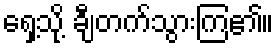
ရှေ့သို့ ချီတက်သွားကြ၏။